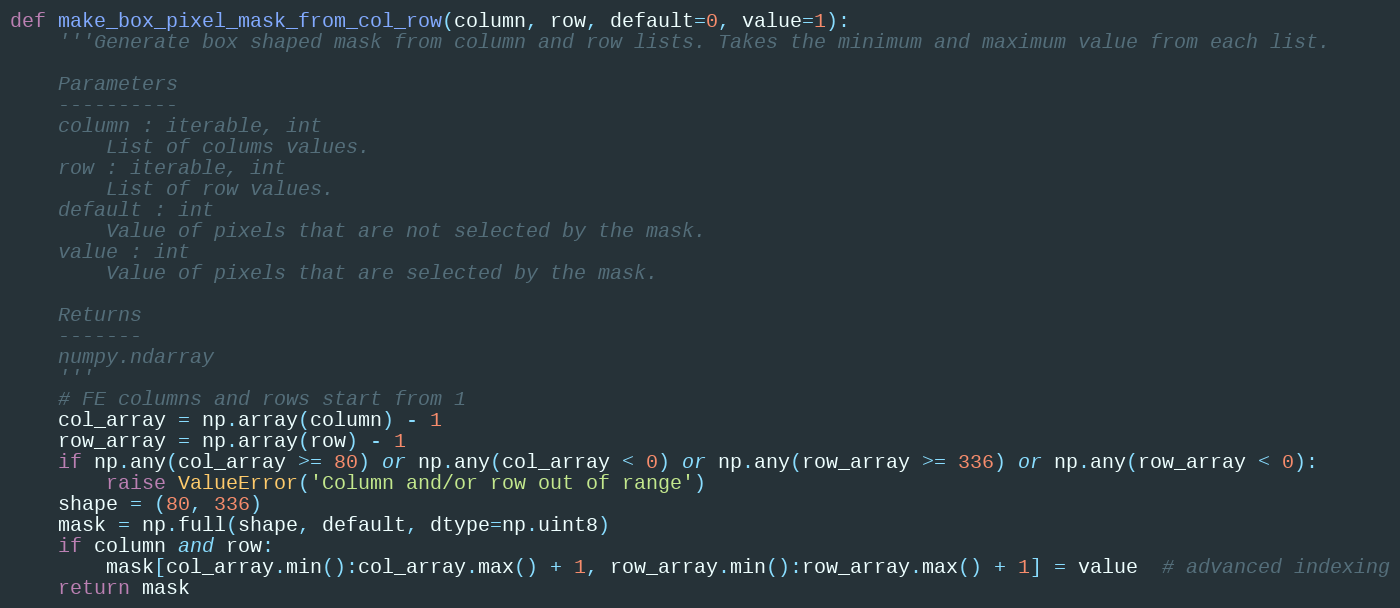
Language: Python
def make_box_pixel_mask_from_col_row(column, row, default=0, value=1):
    '''Generate box shaped mask from column and row lists. Takes the minimum and maximum value from each list.

    Parameters
    ----------
    column : iterable, int
        List of colums values.
    row : iterable, int
        List of row values.
    default : int
        Value of pixels that are not selected by the mask.
    value : int
        Value of pixels that are selected by the mask.

    Returns
    -------
    numpy.ndarray
    '''
    # FE columns and rows start from 1
    col_array = np.array(column) - 1
    row_array = np.array(row) - 1
    if np.any(col_array >= 80) or np.any(col_array < 0) or np.any(row_array >= 336) or np.any(row_array < 0):
        raise ValueError('Column and/or row out of range')
    shape = (80, 336)
    mask = np.full(shape, default, dtype=np.uint8)
    if column and row:
        mask[col_array.min():col_array.max() + 1, row_array.min():row_array.max() + 1] = value  # advanced indexing
    return mask